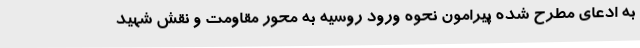
به ادعای مطرح شده پیرامون نحوه ورود روسیه به محور مقاومت و نقش شهید